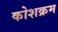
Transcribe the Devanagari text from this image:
कोशक्रम